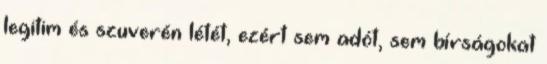
legitim és szuverén létét, ezért sem adót, sem bírságokat